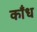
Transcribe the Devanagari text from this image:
काँध